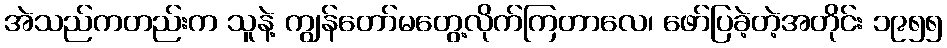
အဲသည်ကတည်းက သူနဲ့ ကျွန်တော်မတွေ့လိုက်ကြတာလေ၊ ဖော်ပြခဲ့တဲ့အတိုင်း ၁၉၅၅